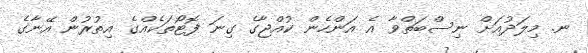
ނ. މިލަދުއަށް ނިސްބަތްވާ އެ އަންހެން ކުއްޖާގެ ގިނަ ފޮޓޯތަކެއްގެ އިތުރުން އޭނާގެ